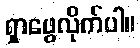
ရှာဖွေလိုက်ပါ။